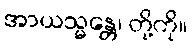
အာယသ္မန္တေ၊ တို့ကို။